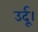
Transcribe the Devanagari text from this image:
उर्दू।